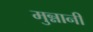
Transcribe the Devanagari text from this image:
मुन्नानी